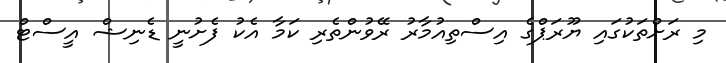
މި ރަށްތަކުގައި ޔޫރަޕްގެ އިސްތިއުމާރު ރޭވުންތެރި ކަމާ އެކު ފެށުނީ ޑެނިޝް އީސްޓް